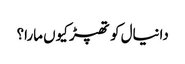
دانیال کو تھپڑ کیوں مارا؟